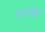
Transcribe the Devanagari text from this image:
मालेर्ब